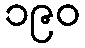
၁၉၀